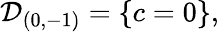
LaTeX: {\cal D}_{(0,-1)}=\{ c=0\} ,